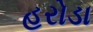
હરોડા